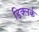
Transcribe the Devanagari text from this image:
डिक्लर्क